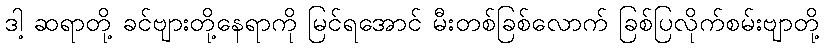
ဒါ့ ဆရာတို့ ခင်ဗျားတို့နေရာကို မြင်ရအောင် မီးတစ်ခြစ်လောက် ခြစ်ပြလိုက်စမ်းဗျာတို့